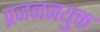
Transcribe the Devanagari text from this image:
प्रजननयुक्त